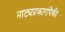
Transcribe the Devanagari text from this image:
नाट्यप्रकारांपैकी